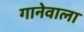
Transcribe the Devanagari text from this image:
गानेवाला